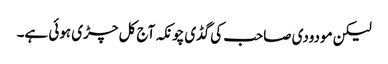
لیکن مودودی صاحب کی گڈی چونکہ آج کل چڑی ہوئی ہے۔